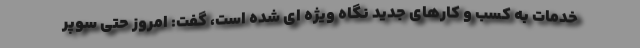
خدمات به کسب و کارهای جدید نگاه ویژه ای شده است، گفت: امروز حتی سوپر